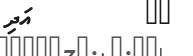
٣٦         އަދި